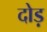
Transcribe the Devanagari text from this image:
दोड़